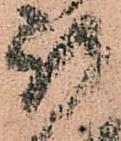
被